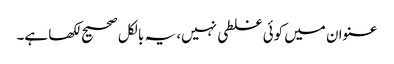
عنوان میں کوئی غلطی نہیں، یہ بالکل صحیح لکھا ہے۔